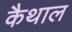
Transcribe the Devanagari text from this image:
कैथाल